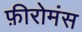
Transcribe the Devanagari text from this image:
फ़ीरोमंस